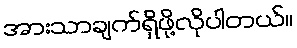
အားသာချက်ရှိဖို့လိုပါတယ်။